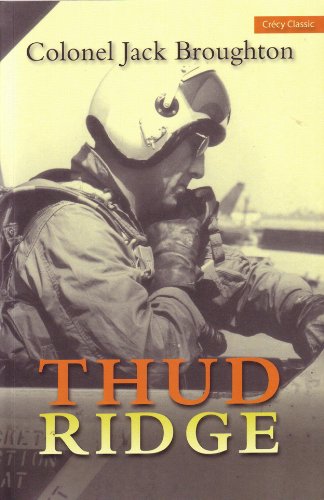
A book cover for Thud Ridge: F-105 Thunderchief Missions Over Vietnam; Jack Broughton; History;